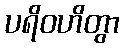
ပရိဝဟိတွာ